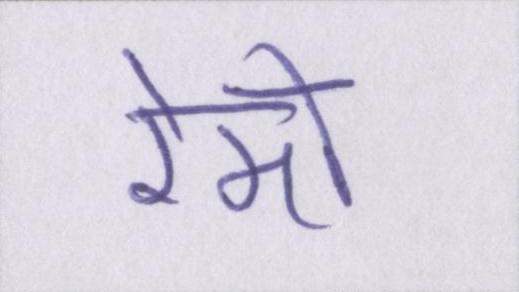
रेमो